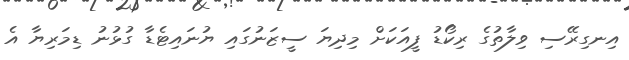
އިނގިރޭސި ވިލާތުގެ ރިކޯޑު ފީއަކަށް މިދިޔަ ސީޒަނުގައި ޔުނައިޓެޑާ ގުޅުނު ޑިމަރިޔާ އެ